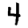
Digit: 4